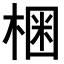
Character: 𣕳